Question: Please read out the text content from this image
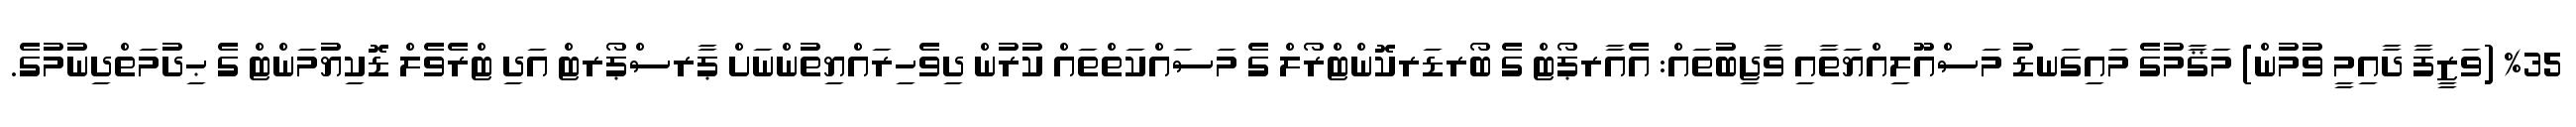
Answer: %35 (ވަޒީފާ ދާއިމީ ވުމުން) މަޤާމުގެ މައިގަނޑު މަސްއޫލިއްޔަތާއި ވާޖިބުތައް: އެއާރޕޯޓް ގެ ބޯރޑަރކޮންޓްރޯލް ގެ މަސައްކަތްތައް ކުރުން ދިވެހިރައްޔިތުންނަށް ޕާރސްޕޯރޓް އަދި ޓްރެވެލް ޑޮކިޔުމަންޓް ގެ ޙިދުމަތްދިނުމުގެ.